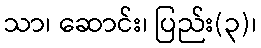
သာ၊ ဆောင်း၊ ပြည်း(၃)၊